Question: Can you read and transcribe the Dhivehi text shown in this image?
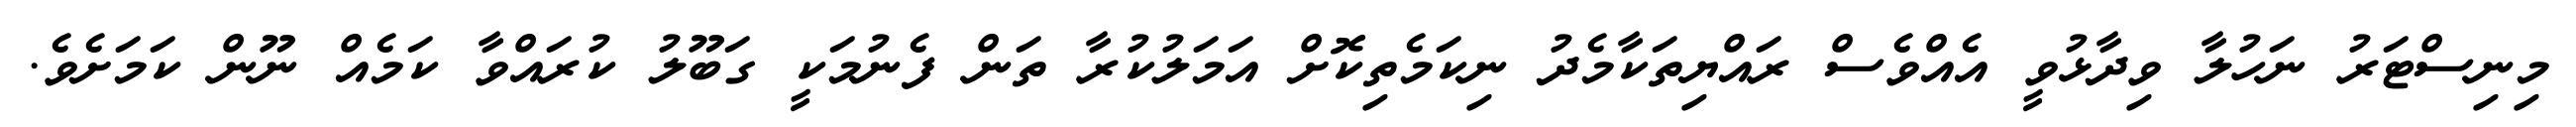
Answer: މިނިސްޓަރު ނަހުލާ ވިދާޅުވީ އެއްވެސް ރައްޔިތަކާމެދު ނިކަމެތިކޮށް އަމަލުކުރާ ތަން ފެނުމަކީ ގަބޫލު ކުރައްވާ ކަމެއް ނޫން ކަމަށެވެ.